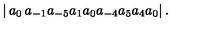
\left| \begin{matrix} { a _ { 0 } \hfill } & { a _ { - 1 } \hfill } & { a _ { - 5 } } \\ { a _ { 1 } \hfill } & { a _ { 0 } \hfill } & { a _ { - 4 } } \\ { a _ { 5 } \hfill } & { a _ { 4 } \hfill } & { a _ { 0 } } \\ \end{matrix} \right| .